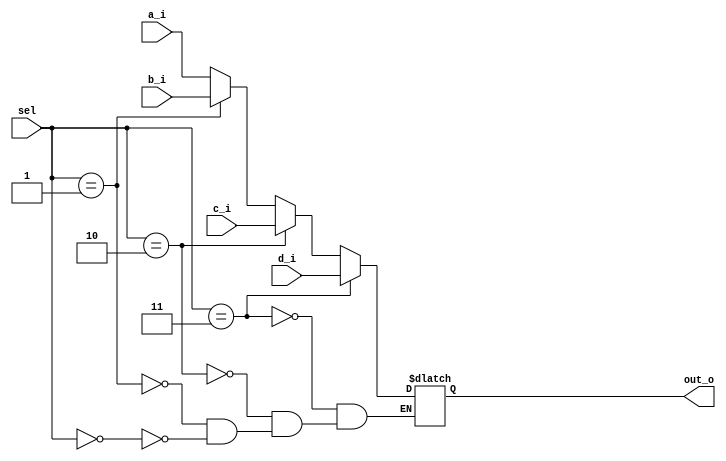
module mux_4to1(input[1:0] sel,
					 input[7:0] a_i,
					 input[7:0] b_i,
					 input[7:0] c_i,
					 input[7:0] d_i,
					 output reg[7:0] out_o);
			

always @( * )
begin
   if( sel[1:0] == 0)
      out_o = a_i;

   if( sel[1:0] == 1)
      out_o = b_i;

   if( sel[1:0] == 2)
      out_o = c_i;

   if( sel[1:0] == 3)
      out_o = d_i;
end			
					 
endmodule